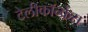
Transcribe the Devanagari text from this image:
टेलीकॉन्फ्रेंस